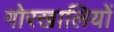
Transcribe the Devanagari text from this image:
गोरखालियों